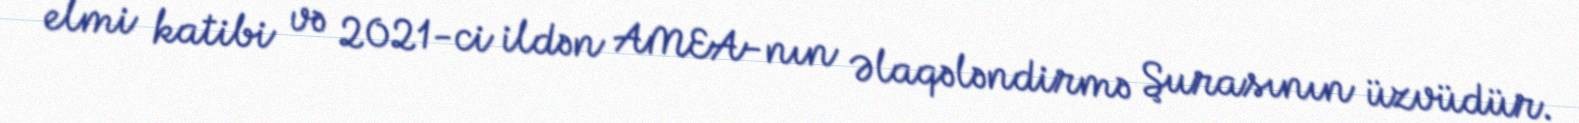
elmi katibi və 2021-ci ildən AMEA-nın Əlaqələndirmə Şurasının üzvüdür.